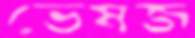
ভেষজ